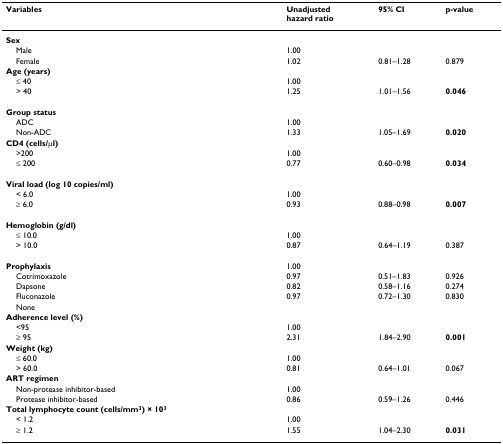
| Variables | Unadjustedhazard ratio | 95% CI | p-value |
 | --- | --- | --- | --- |
 | Sex |  |  |  |
 | Male | 1.00 |  |  |
 | Female | 1.02 | 0.81–1.28 | 0.879 |
 | Age (years) |  |  |  |
 | ≤ 40 | 1.00 |  |  |
 | > 40 | 1.25 | 1.01–1.56 | 0.046 |
 | Group status |  |  |  |
 | ADC | 1.00 |  |  |
 | Non-ADC | 1.33 | 1.05–1.69 | 0.020 |
 | CD4 (cells/μl) |  |  |  |
 | >200 | 1.00 |  |  |
 | ≤ 200 | 0.77 | 0.60–0.98 | 0.034 |
 | Viral load (log 10 copies/ml) |  |  |  |
 | < 6.0 | 1.00 |  |  |
 | ≥ 6.0 | 0.93 | 0.88–0.98 | 0.007 |
 | Hemoglobin (g/dl) |  |  |  |
 | ≤ 10.0 | 1.00 |  |  |
 | > 10.0 | 0.87 | 0.64–1.19 | 0.387 |
 | Prophylaxis | 1.00 |  |  |
 | Cotrimoxazole | 0.97 | 0.51–1.83 | 0.926 |
 | Dapsone | 0.82 | 0.58–1.16 | 0.274 |
 | Fluconazole | 0.97 | 0.72–1.30 | 0.830 |
 | None |  |  |  |
 | Adherence level (%) |  |  |  |
 | <95 | 1.00 |  |  |
 | ≥ 95 | 2.31 | 1.84–2.90 | 0.001 |
 | Weight (kg) |  |  |  |
 | ≤ 60.0 | 1.00 |  |  |
 | > 60.0 | 0.81 | 0.64–1.01 | 0.067 |
 | ART regimen |  |  |  |
 | Non-protease inhibitor-based | 1.00 |  |  |
 | Protease inhibitor-based | 0.86 | 0.59–1.26 | 0.446 |
 | Total lymphocyte count (cells/mm3) × 103 |  |  |  |
 | < 1.2 | 1.00 |  |  |
 | ≥ 1.2 | 1.55 | 1.04–2.30 | 0.031 |